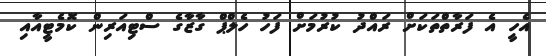
އެހީ އެ ފަރާތްތަކަށް ރައްދު ކުރުމަށް ފަހު ހެލްޕް ގާޒާގެ ސްޓިއަރިން ކޮމެޓީއާއި